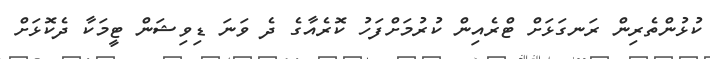
ކުޅުންތެރިން ރަނގަޅަށް ޓްރެއިން ކުރުމަށްފަހު ކޮރެއާގެ ދެ ވަނަ ޑިވިޝަން ޓީމަކާ ދެކޮޅަށް